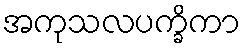
အကုသလပက္ခိကာ